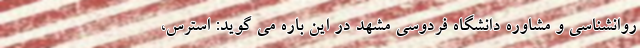
روانشناسی و مشاوره دانشگاه فردوسی مشهد در این باره می گوید: استرس،